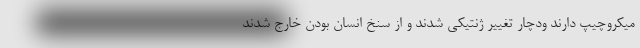
میکروچیپ دارند ودچار تغییر ژنتیکی شدند و از سنخ انسان بودن خارج شدند